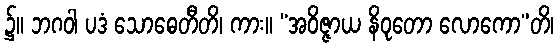
၌။ ဘဂဝါ ပဒံ သောဓေတီတိ၊ ကား။ “အဝိဇ္ဇာယ နိဝုတော လောကော”တိ၊